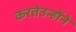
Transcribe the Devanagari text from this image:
करतेउन्होंने